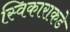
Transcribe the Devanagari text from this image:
स्विकाराकडे